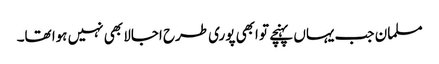
مسلمان جب یہاں پہنچے تو ابھی پوری طرح اجالا بھی نہیں ہوا تھا۔